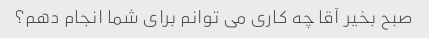
صبح بخیر آقا چه کاری می توانم برای شما انجام دهم؟